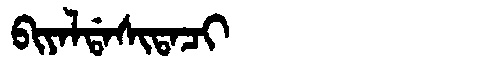
Manchu: ᠪᡳᠶᠠᠯᡩᠠᠰᡳᡨᠠᠴᡳ
Romanization: BIYALDASITACI